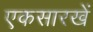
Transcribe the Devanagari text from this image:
एकसारखें